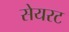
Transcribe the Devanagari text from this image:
सेयरट